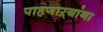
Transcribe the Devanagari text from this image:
पाहणाऱ्यांना